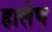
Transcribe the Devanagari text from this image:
हालेण